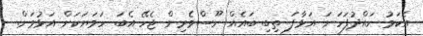
އެކަމު ހައްދުފަހަނަ އަޅާފަ ތިބި ބައެއް ނޫސްވެރިން ޖެހޭ އެބަ ހަމަޔަކަށް އަޅުވަން.